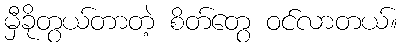
မှီခိုတွယ်တာတဲ့ စိတ်တွေ ဝင်လာတယ်။